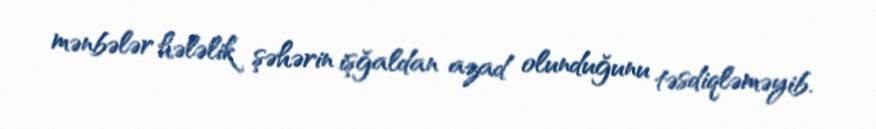
mənbələr hələlik şəhərin işğaldan azad olunduğunu təsdiqləməyib.